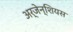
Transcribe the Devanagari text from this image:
अर्जेन्शियस